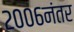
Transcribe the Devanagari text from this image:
२००६नंतर